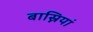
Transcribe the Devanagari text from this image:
बास्नियां